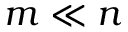
m \ll n